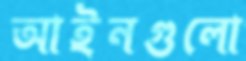
আইনগুলো